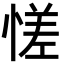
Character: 𫺳